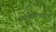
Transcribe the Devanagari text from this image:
पद्मावतीकडून